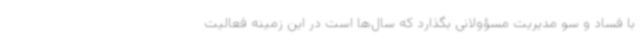
با فساد و سو مدیریت مسؤولانی بگذارد که سال‌ها است در این زمینه فعالیت